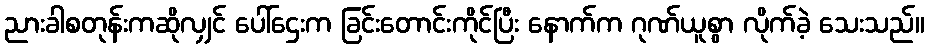
ညားခါစတုန်းကဆိုလျှင် ပေါ်ဌေးက ခြင်းတောင်းကိုင်ပြီး နောက်က ဂုဏ်ယူစွာ လိုက်ခဲ့ သေးသည်။